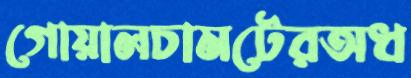
গোয়ালচামটেরঅধ